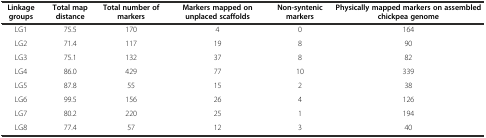
<table><thead><tr><td><b>Linkage groups</b></td><td><b>Total map distance</b></td><td><b>Total number of markers</b></td><td><b>Markers mapped on unplaced scaffolds</b></td><td><b>Non-syntenic markers</b></td><td><b>Physically mapped markers on assembled chickpea genome</b></td></tr></thead><tbody><tr><td>LG1</td><td>75.5</td><td>170</td><td>4</td><td>0</td><td>164</td></tr><tr><td>LG2</td><td>71.4</td><td>117</td><td>19</td><td>8</td><td>90</td></tr><tr><td>LG3</td><td>75.1</td><td>132</td><td>37</td><td>8</td><td>82</td></tr><tr><td>LG4</td><td>86.0</td><td>429</td><td>77</td><td>10</td><td>339</td></tr><tr><td>LG5</td><td>87.8</td><td>55</td><td>15</td><td>2</td><td>38</td></tr><tr><td>LG6</td><td>99.5</td><td>156</td><td>26</td><td>4</td><td>126</td></tr><tr><td>LG7</td><td>80.2</td><td>220</td><td>25</td><td>1</td><td>194</td></tr><tr><td>LG8</td><td>77.4</td><td>57</td><td>12</td><td>3</td><td>40</td></tr></tbody></table>